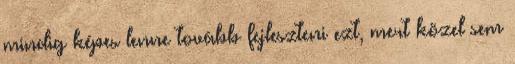
mindig képes lenne tovább fejleszteni ezt, mert közel sem